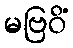
မဗြဝိံ